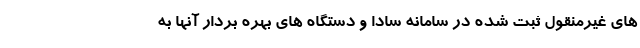
های غیرمنقول ثبت شده در سامانه سادا و دستگاه های بهره بردار آنها به